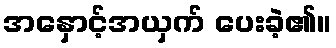
အနှောင့်အယှက် ပေးခဲ့၏။